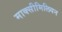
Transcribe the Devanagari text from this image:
माक्सीमिलियन